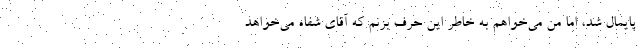
پایمال شد، اما من می‌خواهم به خاطر این حرف بزنم که آقای شفاه می‌خواهد